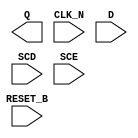
module sky130_fd_sc_hdll__sdfrtn (
    Q      ,
    CLK_N  ,
    D      ,
    SCD    ,
    SCE    ,
    RESET_B
);

    output Q      ;
    input  CLK_N  ;
    input  D      ;
    input  SCD    ;
    input  SCE    ;
    input  RESET_B;

    // Voltage supply signals
    supply1 VPWR;
    supply0 VGND;
    supply1 VPB ;
    supply0 VNB ;

endmodule